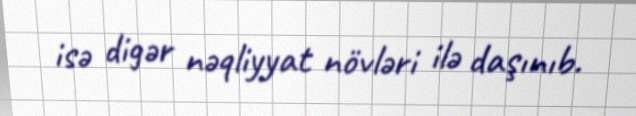
isə digər nəqliyyat növləri ilə daşınıb.